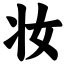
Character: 妆